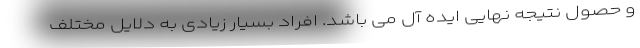
و حصول نتیجه نهایی ایده آل می باشد. افراد بسیار زیادی به دلایل مختلف